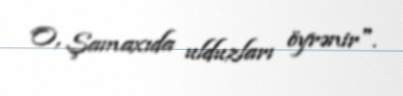
O, Şamaxıda ulduzları öyrənir".